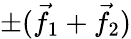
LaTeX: \pm({\vec{f}}_{1}+{\vec{f}}_{2})